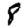
Digit: 8